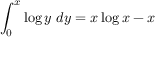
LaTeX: \int _ { 0 } ^ { x } \log y \ d y = x \log x - x